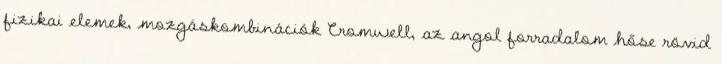
fizikai elemek, mozgáskombinációk Cromwell, az angol forradalom hőse rövid